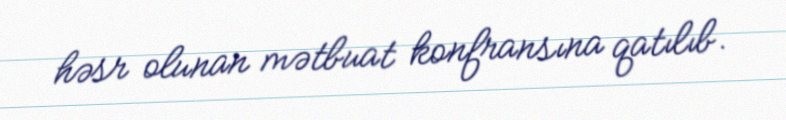
həsr olunan mətbuat konfransına qatılıb.